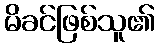
မိခင်ဖြစ်သူ၏